Note on the mental hospitals in Burma - 1925-1940
Year: 1925
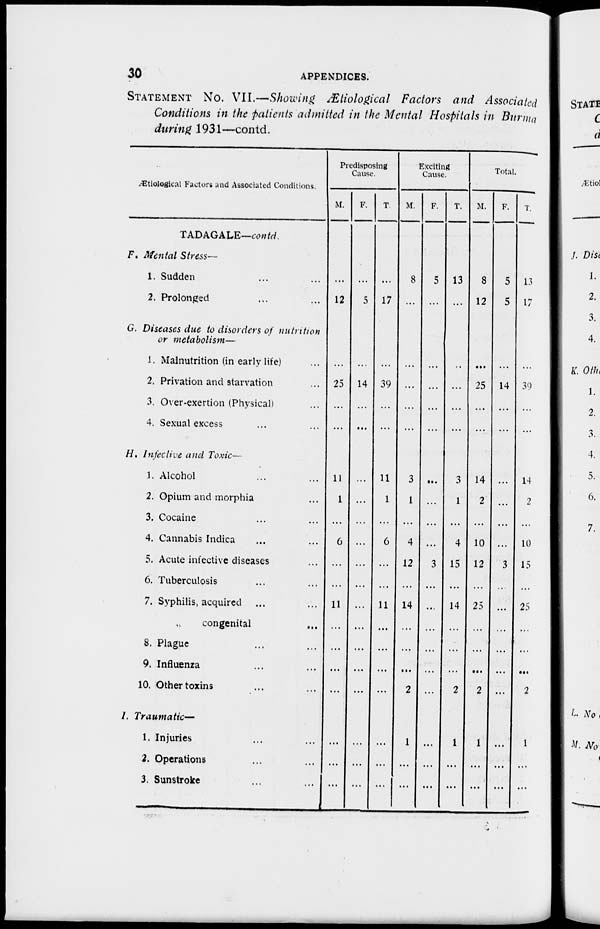
30
APPENDICES.
STATEMENT NO. VII.—Showing Ætiological Factors and Associated
Conditions in the patients admitted in the Mental Hospitals in Burma
during 1931 —contd.
Ætiological Factors and Associated Conditions.
TADAGALE—contd.
F. Mental Stress—
1. Sudden ... ...
2. Prolonged ... ...
G. Diseases due to disorders of nutrition
or metabolism—
1. Malnutrition (in early life) ...
2. Privation and starvation ...
3. Over-exertion (Physical) ...
4. Sexual excess ... ...
H. Infective and Toxic—
1. Alcohol ... ...
2. Opium and morphia ...
3. Cocaine ... ...
4. Cannabis Indica ... ...
5. Acute infective diseases ...
6. Tuberculosis ... ...
7. Syphilis, acquired ... ...
congenital ... ...
8. Plague ... ...
9. Influenza ... ...
10. Other toxins ... ...
I. Traumatic—
1. Injuries ... ...
2. Operations ... ...
3. Sunstroke ... ...
Predisposing
Cause.
M.
...
12
...
25
...
...
11
1
...
6
...
...
11
...
...
...
...
...
...
...
F.
...
5
...
14
...
...
...
...
...
...
...
...
...
...
...
...
...
...
...
...
T.
...
17
...
39
...
...
11
1
...
6
...
...
11
...
...
...
...
...
...
...
Exciting
Cause.
M.
8
...
...
...
...
...
3
1
...
4
12
...
14
...
...
....
2
1
...
...
F.
5
...
...
...
...
...
...
...
...
...
3
...
...
...
...
...
...
...
...
...
T.
13
...
...
...
...
...
3
1
...
4
15
...
14
...
...
...
2
1
...
...
Total.
M.
8
12
...
25
...
...
14
2
...
10
12
...
25
...
...
...
2
1
...
...
F.
5
5
...
14
...
...
...
...
...
...
3
...
...
...
...
...
...
...
...
...
T.
13
17
...
39
...
...
14
2
...
10
15
...
25
...
...
...
2
1
...
...